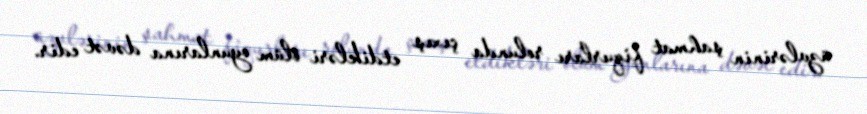
üzvlərinin şahmat fiqurları rolunda çıxış etdikləri ölüm oyunlarına dəvət edir.